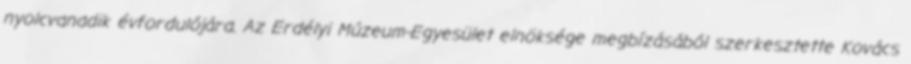
nyolcvanadik évfordulójára. Az Erdélyi Múzeum-Egyesület elnöksége megbízásából szerkesztette Kovács